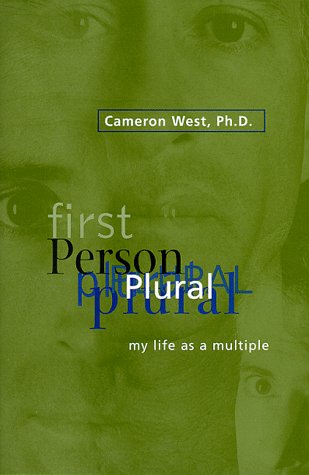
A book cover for First Person Plural: My Life As a Multiple; Cameron West; Health, Fitness & Dieting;